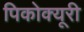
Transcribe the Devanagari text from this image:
पिकोक्यूरी